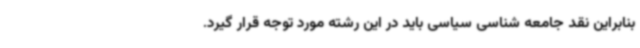
بنابراین نقد جامعه شناسی سیاسی باید در این رشته مورد توجه قرار گیرد.